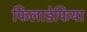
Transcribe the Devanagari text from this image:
फिलाडेफिया